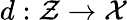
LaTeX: d:\mathcal{Z}\to\mathcal{X}